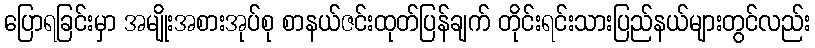
ပြောရခြင်းမှာ အမျိုးအစားအုပ်စု စာနယ်ဇင်းထုတ်ပြန်ချက် တိုင်းရင်းသားပြည်နယ်များတွင်လည်း